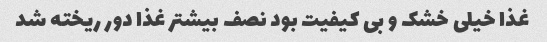
غذا خیلی خشک و بی کیفیت بود نصف بیشتر غذا دور ریخته شد